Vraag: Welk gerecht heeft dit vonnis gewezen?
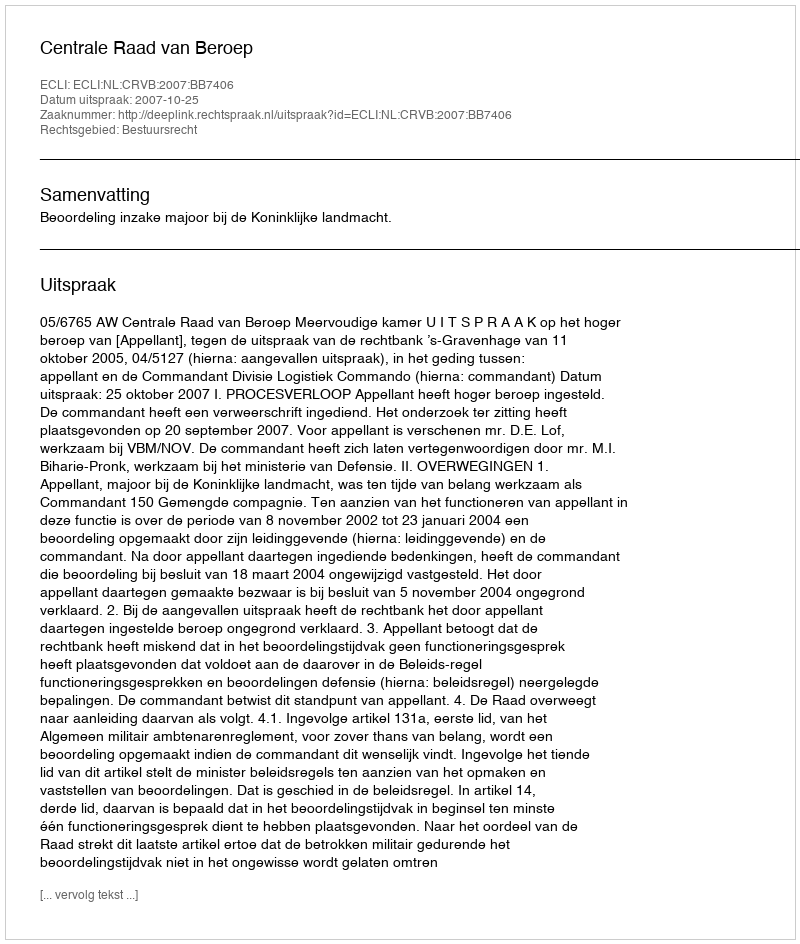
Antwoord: Centrale Raad van Beroep